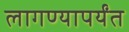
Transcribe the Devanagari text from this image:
लागण्यापर्यंत